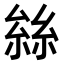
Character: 𠬆